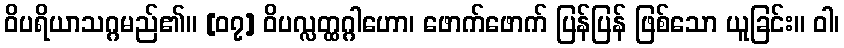
ဝိပရိယာသဂ္ဂမည်၏။ [၀၇] ဝိပလ္လတ္ထဂ္ဂါဟော၊ ဖောက်ဖောက် ပြန်ပြန် ဖြစ်သော ယူခြင်း။ ဝါ၊